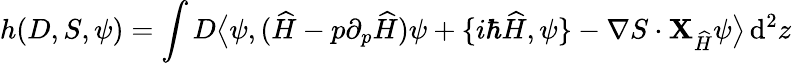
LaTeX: h(D,S,\psi)=\int D\big\langle\psi,(\widehat{H}-p\partial_{p}\widehat{H})\psi+\{ i\hbar\widehat{H},\psi\} -\nabla S\cdot{\mathbf X}_{\widehat{H}}\psi\big\rangle\, \mathrm{d}^{2}z